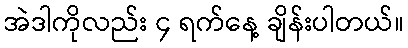
အဲဒါကိုလည်း ၄ ရက်နေ့ ချိန်းပါတယ်။